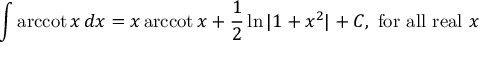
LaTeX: \int \operatorname { a r c c o t } { x } \, d x = x \operatorname { a r c c o t } { x } + { \frac { 1 } { 2 } } \ln { \vert 1 + x ^ { 2 } \vert } + C , { \mathrm { ~ f o r ~ a l l ~ r e a l ~ } } x